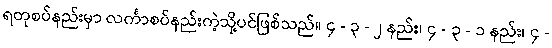
ရတုစပ်နည်းမှာ လင်္ကာစပ်နည်းကဲ့သို့ပင်ဖြစ်သည်။ ၄ - ၃ - ၂ နည်း၊ ၄ - ၃ - ၁ နည်း၊ ၄ -